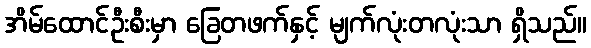
အိမ်ထောင်ဦးစီးမှာ ခြေတဖက်နှင့် မျက်လုံးတလုံးသာ ရှိသည်။